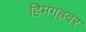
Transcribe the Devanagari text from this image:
हिमगह्रवर